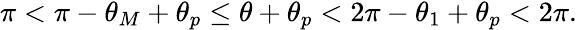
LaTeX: \begin{array}{r}{\pi<\pi-\theta_{M}+\theta_{p}\le\theta+\theta_{p}<2\pi-\theta_{1}+\theta_{p}<2\pi.}\end{array}